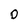
Character: 0